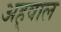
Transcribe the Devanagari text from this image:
अह्‌वाल